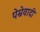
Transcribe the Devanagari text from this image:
पेम्रेवादी